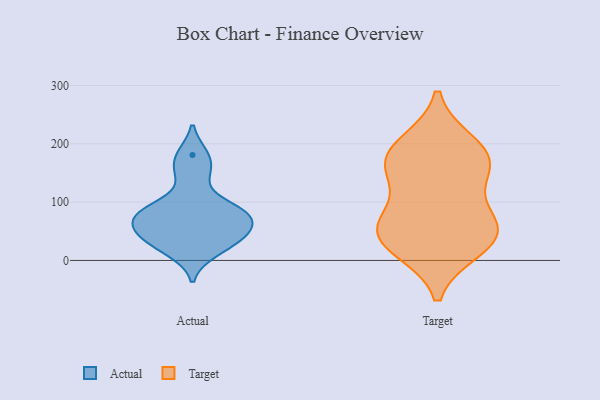
{"axis": {"x": "Demand Index", "y": "Value"}, "legend": ["Actual", "Target"], "data": [{"x": "", "y": 85, "type": "Actual"}, {"x": "", "y": 38, "type": "Actual"}, {"x": "", "y": 14, "type": "Actual"}, {"x": "", "y": 91, "type": "Actual"}, {"x": "", "y": 51, "type": "Actual"}, {"x": "", "y": 40, "type": "Actual"}, {"x": "", "y": 181, "type": "Actual"}, {"x": "", "y": 78, "type": "Actual"}, {"x": "", "y": 149, "type": "Actual"}, {"x": "", "y": 70, "type": "Actual"}, {"x": "", "y": 29, "type": "Target"}, {"x": "", "y": 60, "type": "Target"}, {"x": "", "y": 155, "type": "Target"}, {"x": "", "y": 189, "type": "Target"}, {"x": "", "y": 21, "type": "Target"}, {"x": "", "y": 57, "type": "Target"}, {"x": "", "y": 80, "type": "Target"}, {"x": "", "y": 161, "type": "Target"}, {"x": "", "y": 162, "type": "Target"}, {"x": "", "y": 200, "type": "Target"}, {"x": "", "y": 43, "type": "Target"}]}